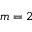
m = 2